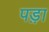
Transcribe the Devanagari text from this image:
पड़़ा